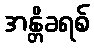
အန္တိခရစ်